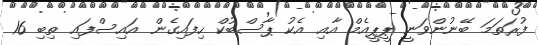
ފުރަތަމަ ބޭނުންވަނީ ޕީޕީއެމް އާއި އެކު ޕާސްބުކް ހިފައިގެން އައިސްފައި ތިބި 16